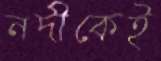
নদীকেই